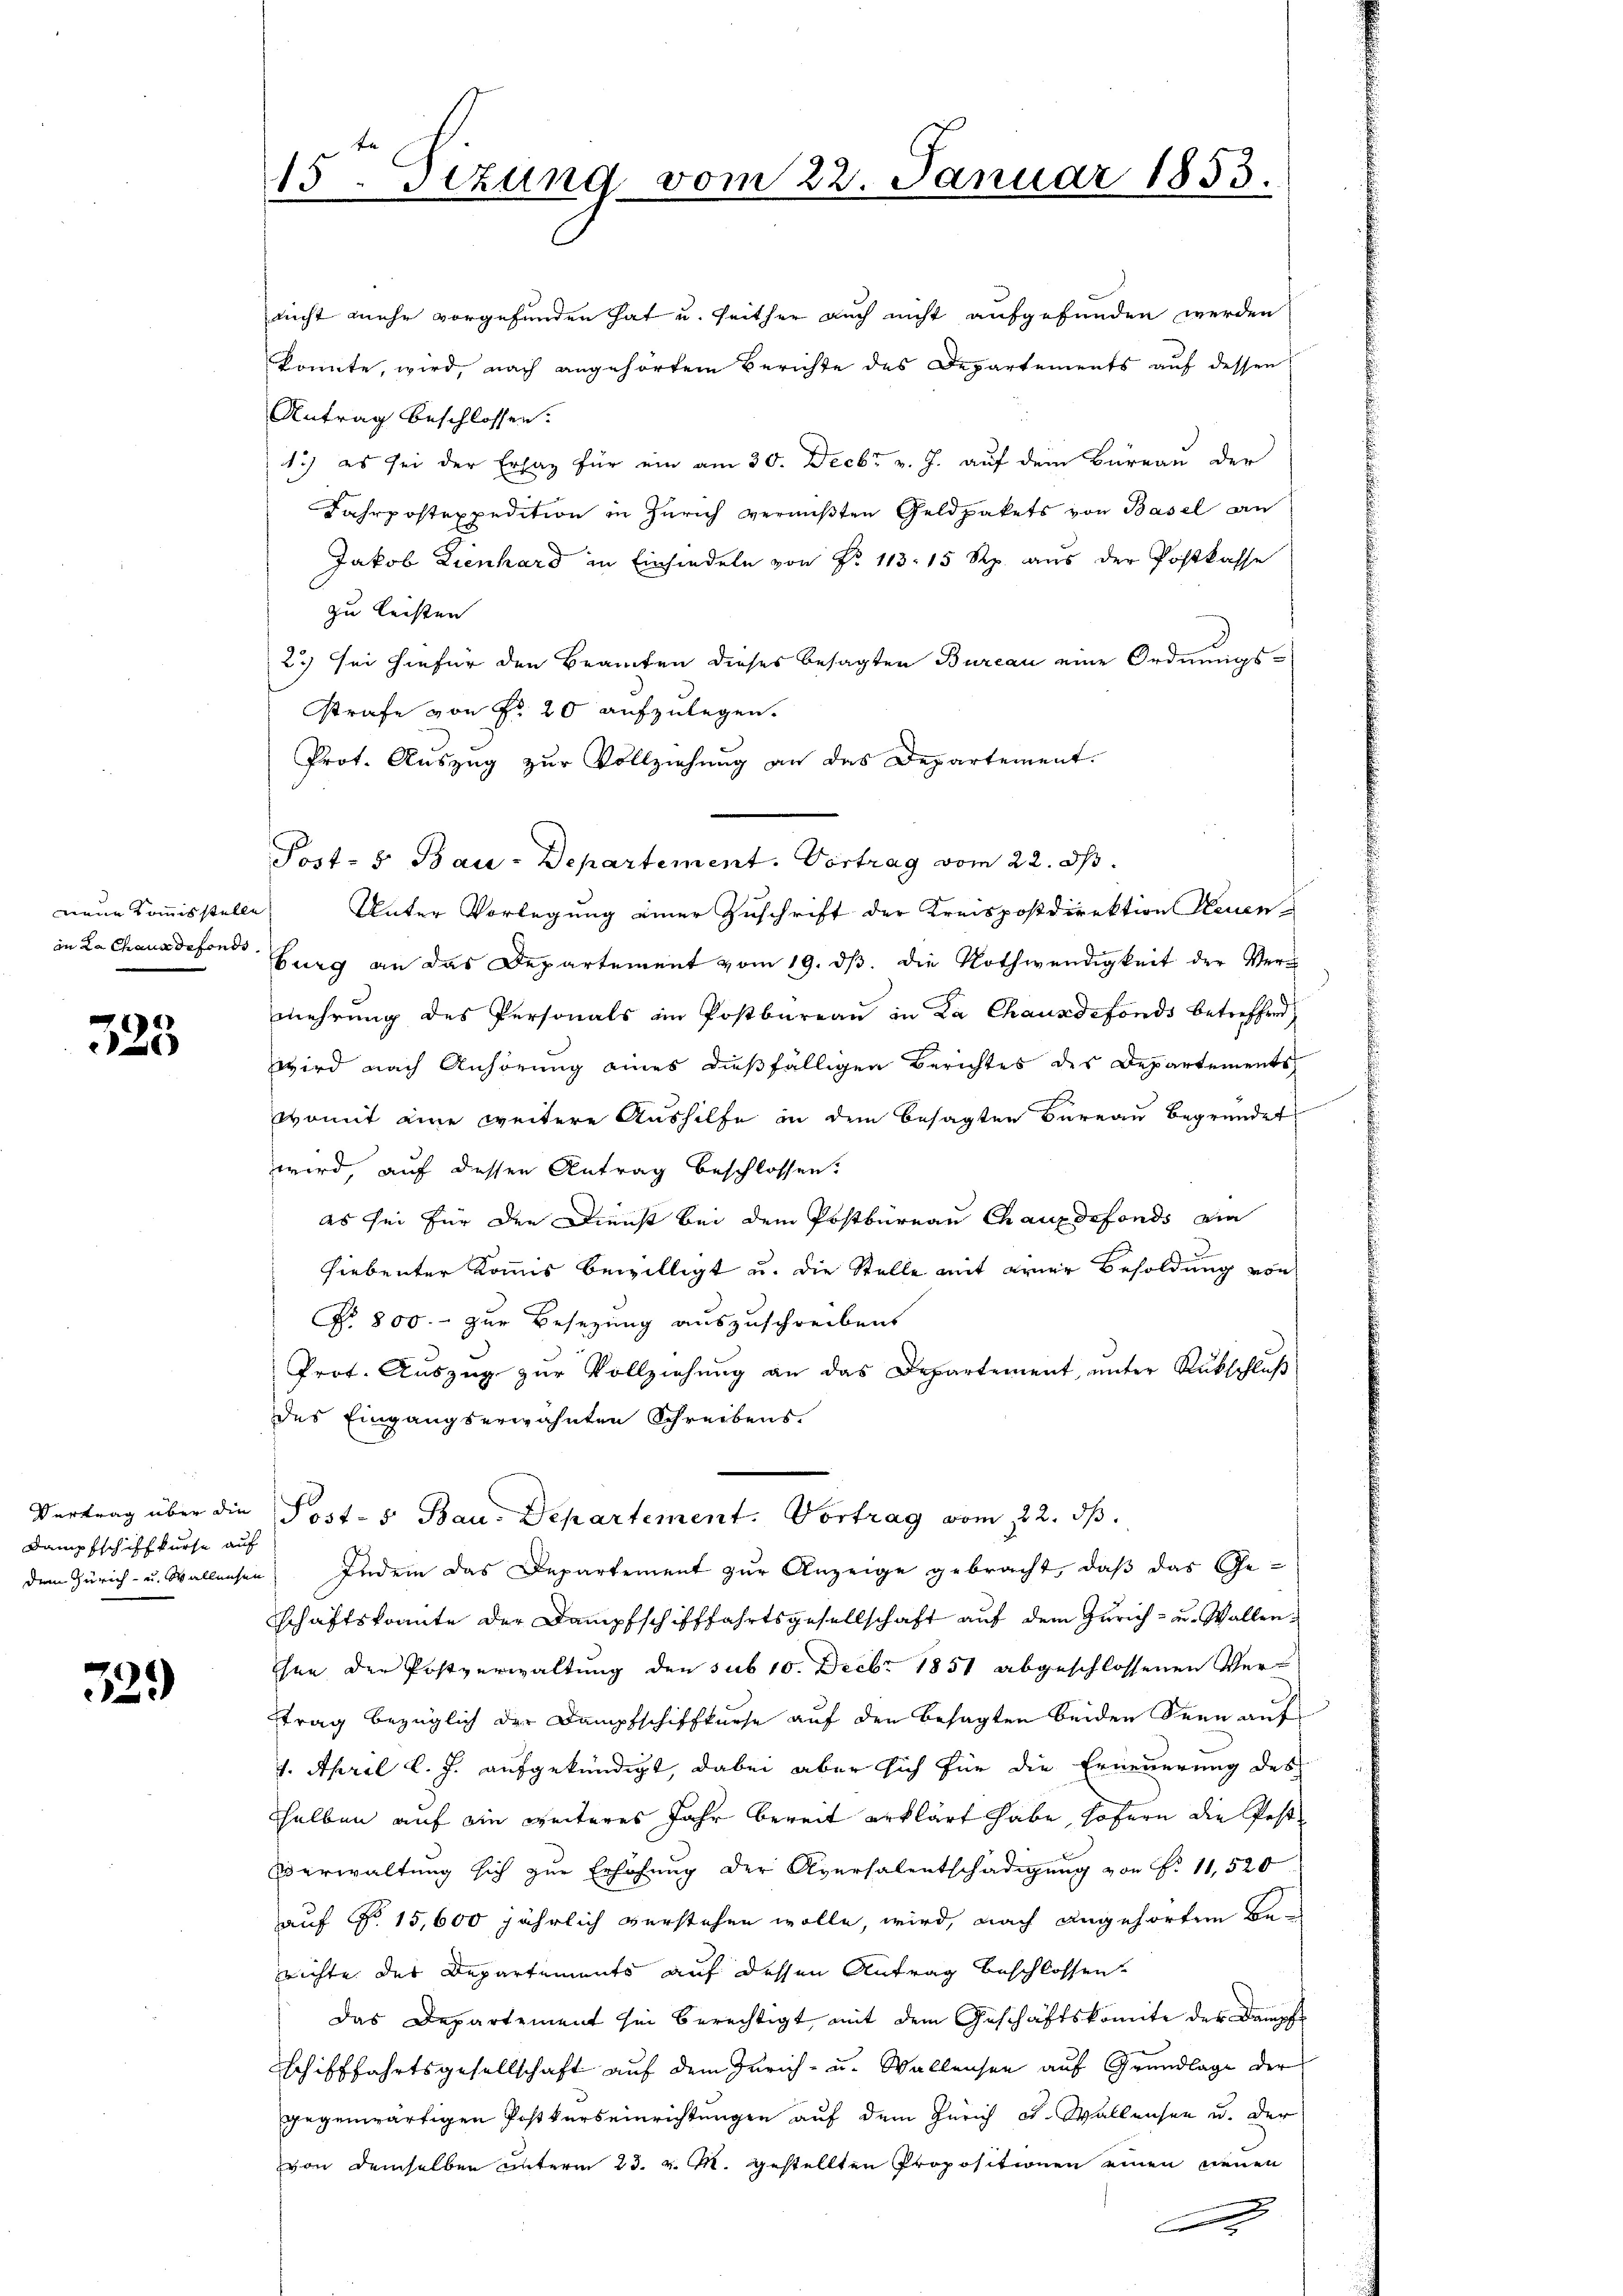
325

Dampfschiffkurse auf
dem Zürich- u. Wallensen

329)

15. Sezung vom 22. Januar 1853.

nicht mehr vorgefunden hat u. seither auch nicht aufgefunden werden
konnte, wird, nach angehörtem Berichte des Departements auf dessen
Antrag beschlossen:
1.) es sei der Erlag für ein am 30. Decbr v. J. auf dem Büreau der
Fahrpostexpedition in Zürich vermißten Geldpakets von Basel an
Jakob Lienhard in Einsiedeln von Nr. 113. 15 Rp. aŭs der Postkasse
zu leisten
23) sei hiefür den Beamten dieses besagten Bureau eine Ordnungsstrafe von Fr. 20 aufzulegen.
Prot. Auszug zur Vollziehung an das Departement.
Postos Bau-Departement. Vortrag vom 22. dh.
neue Kommisstelle Unter Vorlegung einer Zuschrift der Kreispostdirektion Heuen
in Lachausdiens hing an das Departement vom 19. ds. die Nothwendigkeit der Vermehrung des Personals im Postbüreaŭ in La Chauxdefonds betreffen
wird nach Anhörung eines dießfälligen Berichtes des Departements
womit eine weitere Aushilfe in dem besagten Bureau begründet
wird, auf dessen Antrag beschlossen:
es sei für den Dienst bei dem Postbüreau Chaux defonds ein
hiebenter Kommis bewilligt u. die Stelle mit erner Besoldung von
No. 800. zur Besetzung auszuschreibens
Prot. Aŭszŭg zŭr Vollziehŭng an das Departement, ŭnter Rückschlŭβ
des Eingangserwähnten Schreibens.
Vertrag über die Post-s Bau-Departement. Vortrag vom 22. ds.
Indem das Departement zur Anzeige gebracht, daß das Geschaftskonnte der Dampfschifffahrtsgesellschaft auf dem Zürich - u. Wallenhen der Postverwaltung den sub 10. Decbr. 1851 abgeschlossenen Ver-
trag bezüglich der Dampfschiffkurse auf den besagten beiden Seen auf
1. April l. J. aufgekündigt, dabei aber sich für die Erneuerung des
selben auf ein weiteres Jahr bereit erklärt habe, sofern die Post¬
Everwaltung sich zur Erhöhung der Aversalentschädigung von P. 11,520
auf No 15,600 jährlich verstehen wolle, wird, nach angehörten Be-
richte des Departements auf dessen Antrag beschlossen.
das Departement sei berechtigt, mit dem Geschäftskomite der Dampfe
Schifffahrtsgesellschaft auf dem Zürich- u. Wallensee auf Grundlage der
gegenwärtigen Postkurseinrichtungen auf dem Zürich od. Wallensee u. der
von demselben unterm 23. v. M. gestellten Propositionen einen neuen
.